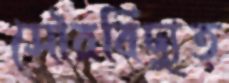
সৌরবিদ্যুত্